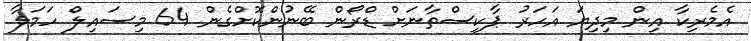
އެމެރިކާ އިން މިދިޔަ އަހަރު ޕާކިސްތާނަށް ޑްރޯން ބޭނުންކޮށްގެން 64 މިސައިލް ހަމަލާ